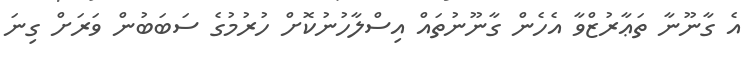
އެ ގާނޫނާ ތަޢާރުޒްވާ އެހެން ގާނޫނުތައް އިސްލާހުނުކޮށް ހުރުމުގެ ސަބަބުން ވަރަށް ގިނަ